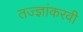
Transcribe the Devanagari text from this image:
तज्ज्ञांकरवी